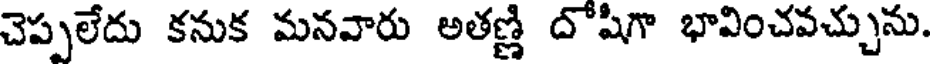
చెప్పలేదు కనుక మనవారు అతణ్ణి దోషిగా భావించవచ్చును.